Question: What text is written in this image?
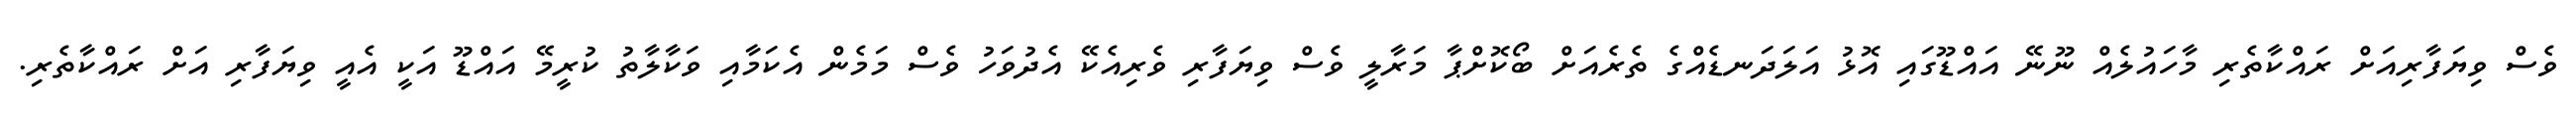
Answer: ވެސް ވިޔަފާރިއަށް ރައްކާތެރި މާހައުލެއް ނޫނޭ އައްޑޫގައި އޮޅު އަލަދަނޑެއްގެ ތެރެއަށް ބޯކޮށްޕާ މަރާލީ ވެސް ވިޔަފާރި ވެރިއެކޭ އެދުވަހު ވެސް މަމެން އެކަމާއި ވަކާލާތު ކުރީމޭ އައްޑޫ އަކީ އެއީ ވިޔަފާރި އަށް ރައްކާތެރި.